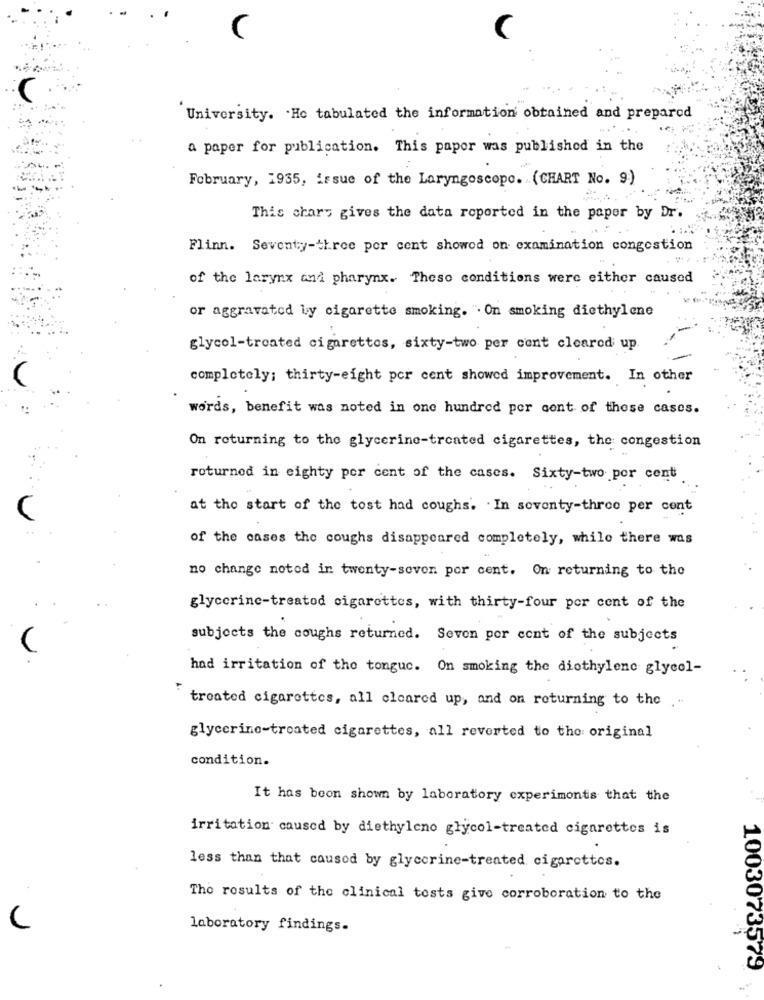
C
University. He tabulated the information obtained and prepared
a paper for publication. This paper was published in the
February, 1935, issue of the Laryngoscopo. (CHART No. 9)
This chars gives the data reported in the paper by Dr.
Flinn. Seventy-three per cent showed on examination congestion
of the larynx and pharynx. These conditions were either caused
or aggravated by cigarette smoking. ". On smoking diethylene
glycol-treated cigarettes, sixty-two per cent cleared up.
completely; thirty-eight por cent showed improvement. In other
words, benefit was noted in one hundred per cent of these cases.
On returning to the glycerine-treated cigarettes, the congestion
roturned in eighty por cent of the cases. Sixty-two por cent
at the start of the tost had coughs. . In seventy-three per cent
of the cases the coughs disappeared completely, while there was
no change noted in twenty-seven por cent. On returning to the
glycerinc-treatod cigarettes, with thirty-four por cent of the
subjects the coughs returned. Seven por cont of the subjects
(
had irritation of the tongue. On smoking the diethylene glycol-
treated cigarettes, all cleared up, and on returning to the ."
glycerine-treated cigarettes, all reverted to the original
condition.
It has been shown by laboratory experimonts that the
irritation caused by diethyleno glycol-treated cigarettes is
less than that caused by glycerine-treated cigarettes.
The results of the clinical tests give corroboration to the
laboratory findings.
1003073579